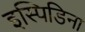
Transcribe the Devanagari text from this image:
इस्पिडिना